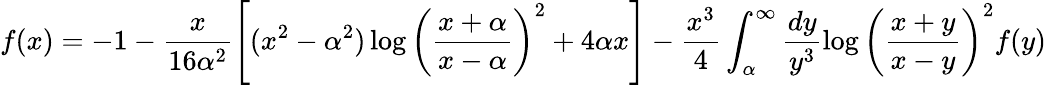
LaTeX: f(x)=-1-\frac{x}{16\alpha^{2}}\left[(x^{2}-\alpha^{2})\log\left(\frac{x+\alpha}{x-\alpha}\right)^{2}+4\alpha x\right]-\frac{x^{3}}{4}\int_{\alpha}^{\infty}\frac{dy}{y^{3}}\log\left(\frac{x+y}{x-y}\right)^{2}f(y)